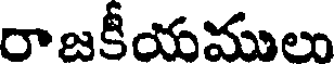
రాజకీయములు